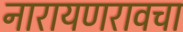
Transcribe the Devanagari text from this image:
नारायणरावचा